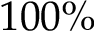
1 0 0 \%